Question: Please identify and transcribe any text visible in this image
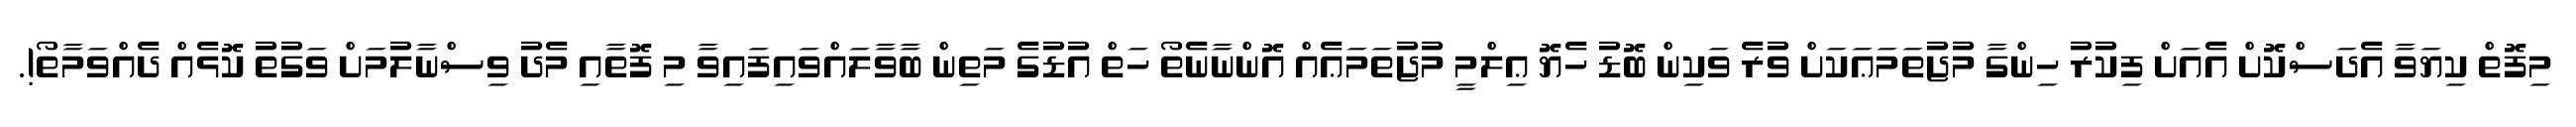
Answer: މިފޮތް ކިޔަވާ އެދަސްކޮށް އެއަށް ފިކުރު ހިންގާ މުޖުތަމަޢަކަށް ވުރެ ވަކިން ބޮޑު ހެޔޮ ޢިލްމީ މުޖުތަމަޢެއް އޮންނާނެތޯ ހަތް އުޑުގެ މަތިން ބާވާލައްވައިފައިވާ މި ފޮތާއި މެދު ވިސްނާލުމަށް ވަގުތު ކޮޅެއް ދެއްވަމާތޯ!.